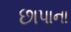
છાપાના